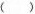
( )